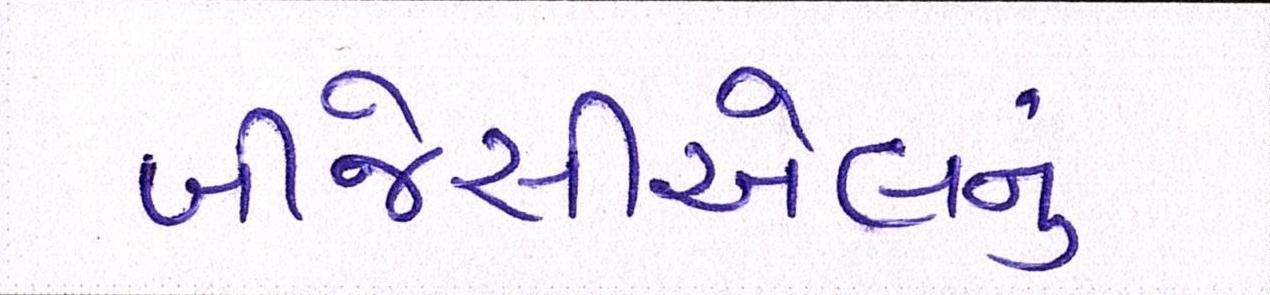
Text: બીજેસીએલનું